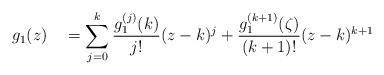
LaTeX: \begin{align*}g_1(z) \quad=\sum_{j=0}^k \frac{g_1^{(j)}(k)}{j!} (z-k)^j +\frac{g_1^{(k+1)}(\zeta)}{(k+1)!}(z-k)^{k+1}\end{align*}